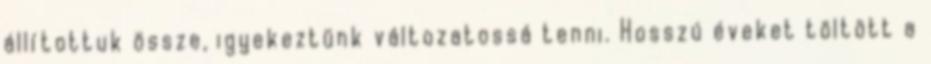
állítottuk össze, igyekeztünk változatossá tenni. Hosszú éveket töltött a